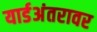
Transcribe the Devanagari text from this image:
यार्डअंतरावर